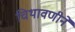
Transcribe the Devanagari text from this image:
चिथावणीने